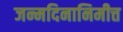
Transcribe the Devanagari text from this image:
जन्मदिनानिमीत्त